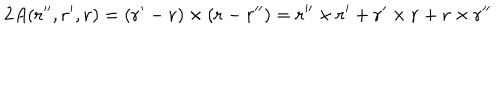
2 A ( { \bf r ^ { \prime \prime } } , { \bf r ^ { \prime } } , { \bf r } ) = ( { \bf r } ^ { \prime } - { \bf r } ) \times ( { \bf r } - { \bf r } ^ { \prime \prime } ) = { \bf r } ^ { \prime \prime } \times { \bf r } ^ { \prime } + { \bf r } ^ { \prime } \times { \bf r } + { \bf r } \times { \bf r } ^ { \prime \prime }